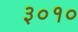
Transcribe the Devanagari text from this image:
३०१०